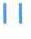
11